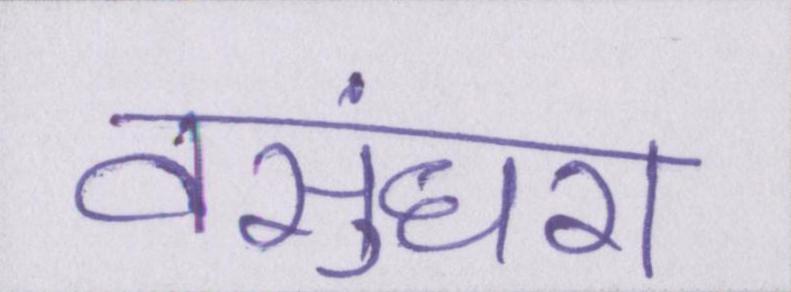
वसुंधरा